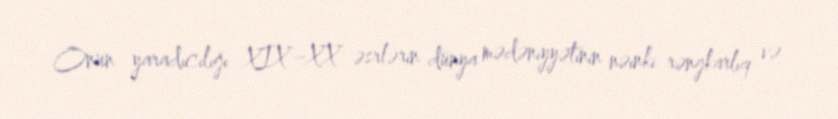
Onun yaradıcılığı XIX–XX əsrlərin dünya mədəniyyətinin nəinki rəngkarlıq və